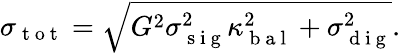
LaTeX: \sigma_{\mathrm{~t~o~t~}}=\sqrt{G^{2}\sigma_{\mathrm{~s~i~g~}}^{2}\kappa_{\mathrm{~b~a~l~}}^{2}+\sigma_{\mathrm{~d~i~g~}}^{2}}.